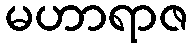
မဟာရာဇ